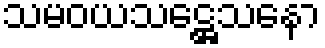
သမဝယသဋ္ဌေသနော